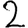
Digit: 2